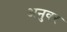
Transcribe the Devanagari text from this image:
अनुवर